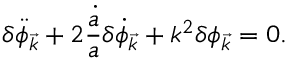
\delta \ddot { \phi } _ { \vec { k } } + 2 \frac { \dot { a } } { a } \delta \dot { \phi } _ { \vec { k } } + k ^ { 2 } \delta \phi _ { \vec { k } } = 0 .